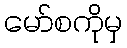
မော်စကိုမှ